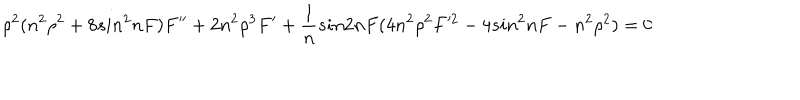
\rho ^ { 2 } ( n ^ { 2 } \rho ^ { 2 } + 8 s i n ^ { 2 } n F ) F ^ { \prime \prime } + 2 n ^ { 2 } \rho ^ { 3 } F ^ { \prime } + \frac { 1 } { n } s i n 2 n F ( 4 n ^ { 2 } \rho ^ { 2 } F ^ { 2 } - 4 s i n ^ { 2 } n F - n ^ { 2 } \rho ^ { 2 } ) = 0